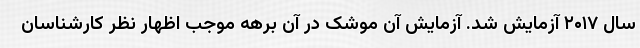
سال ۲۰۱۷ آزمایش شد. آزمایش آن موشک در آن برهه موجب اظهار نظر کارشناسان